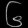
Digit: ၆